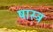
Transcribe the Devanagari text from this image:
षास्त्र